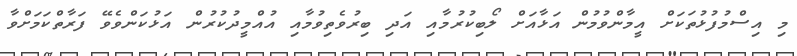
މި އިސްމުފުޅުތަކަށް އީމާންވުމުން އަޅާއަށް ލޯބިކުރުމާއި އަދި ބިރުވެތިވުމާއި އުއްމީދުކުރުން އަޅުކަންވެވޭ ފަރާތްކަމަށްވާ